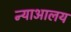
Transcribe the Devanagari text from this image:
न्याआलय